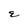
Character: E